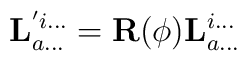
\mathbf{ L} ^{'i...}_{a...} = \mathbf{ R}(\phi) \mathbf{ L}^{i...}_{a...}